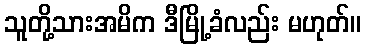
သူတို့သားအမိက ဒီမြို့ခံလည်း မဟုတ်။